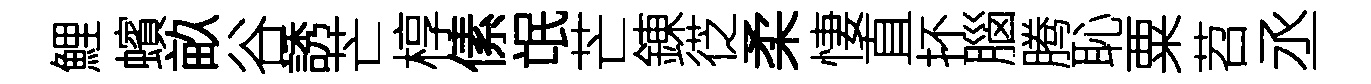
鯉蠙畝谷誘芒椁傃氓芒錬徔柔悽直抔腦腾恥粟苕丞